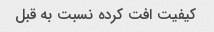
کیفیت افت کرده نسبت به قبل